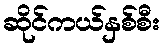
ဆိုင်ကယ်နှစ်စီး